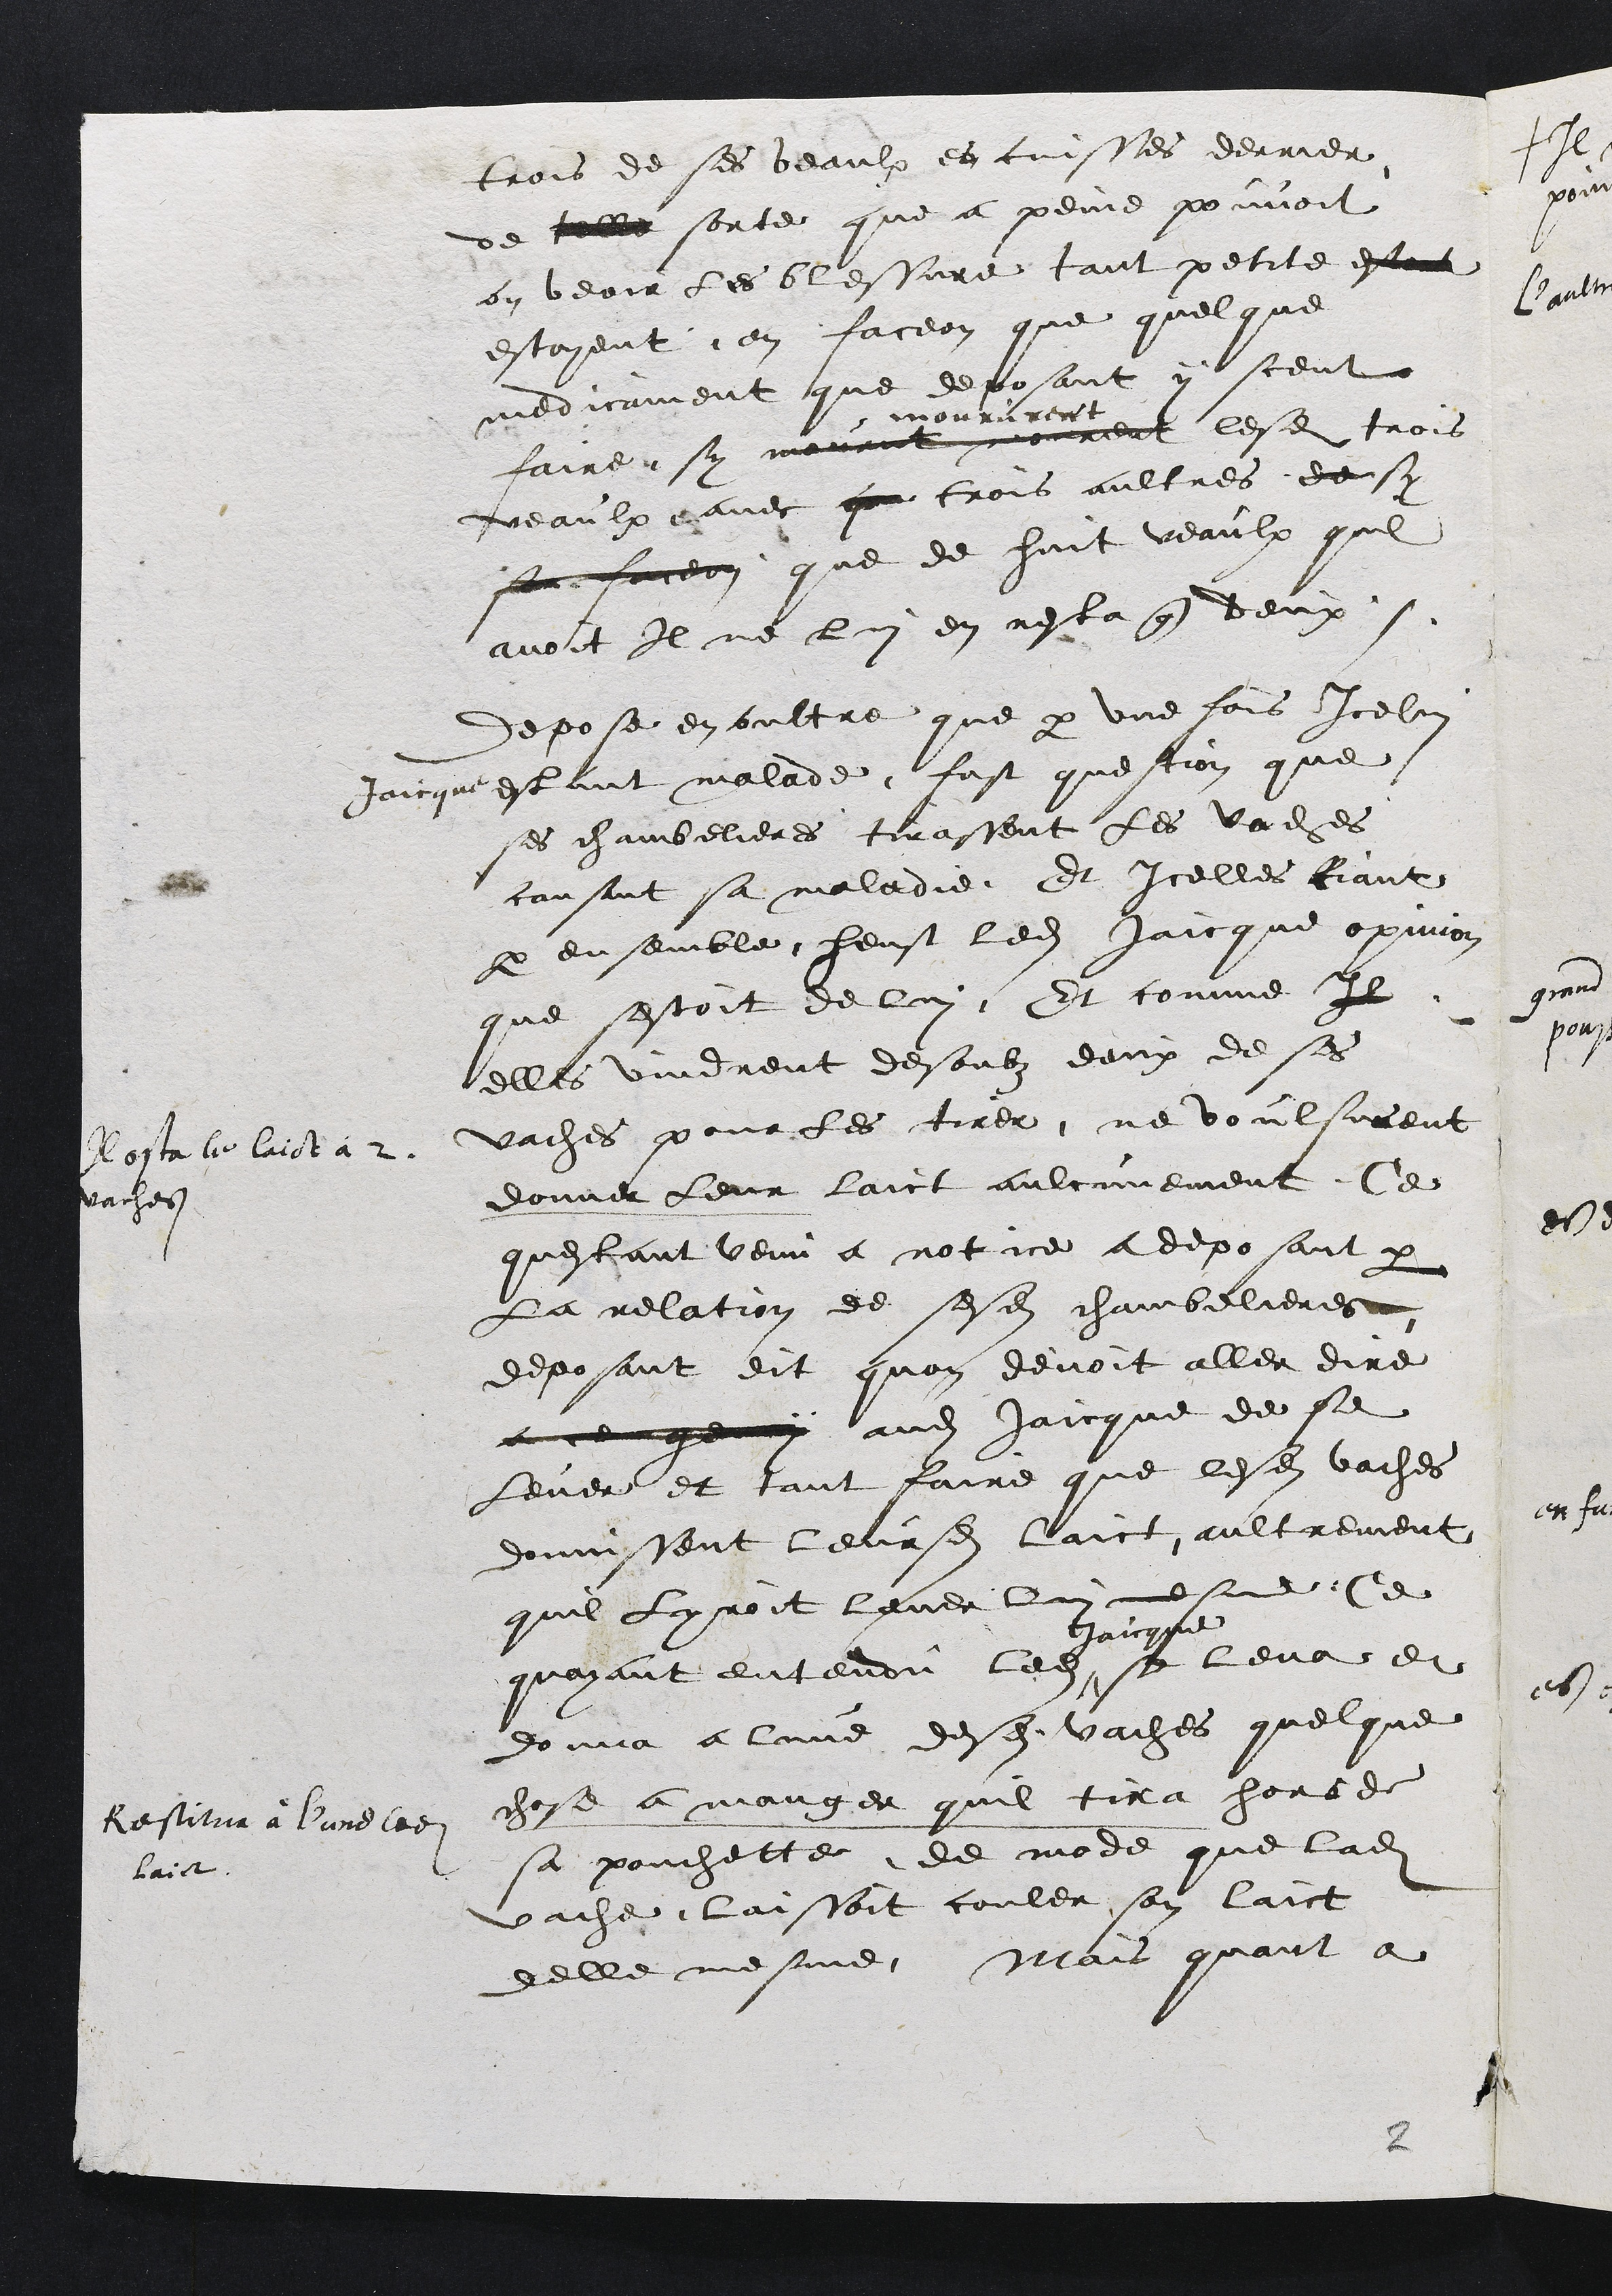
trois de ses veaulx es cuisses derrier
de telle sorte que a peine pouvoit
on voir les blessure tant petite estoit
estoyent, en faceon que quelque
medicament que deposant y sceut
faire sy mourut mourent
moururent
lesdits trois
veaulx avec que trois aultres de sy
sa faceon que de huit veaulx quil
avoit Il ne lui en resta que deux.
Depose en oultre que par une fois Icelui
Jaicque estant malade fust question que
ses chambelieres tirassent les vaches
causant sa maladie Et icelles Riant
par ensemble heust ledit Jaicque opinion
que sestoit de lui Et comme Il
elles vindrent desoubz deux de ses
vaches pour les tirer, ne voulsurent
donner leur laict aulcunement, Ce
Rosta le laict a 2
vaches
questant venu a notice a deposant par
La relation de sesdites chambelieres
deposant dit quon devoit aller dire
a ce genay audit Jaicque de se
lever et tant faire que lesdites vaches
donnissent leursdit laict, aultrement
quil Lyroit lever lui mesme Ce
quayant entendu ledit
Jaicque
se leva et
donna a lune desdites vaches quelque
chose a manger quil tira hors de
sa pouchette de mode que ladite
vache laissoit couler son laict
delle mesme, Mais quant a
Restitua à l'une ledit
laict

2